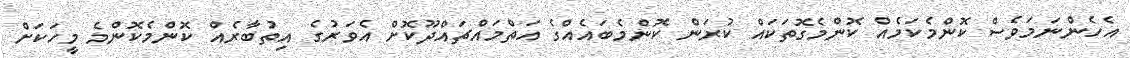
އެހެންނަމަވެސް ކޮންމެކަމެއް ކޮންމެގޮތަކައް ކުރަން ކޮންމެބައެއްގެ އަތްމައްޗައްދޫކޮށް އެވަރުގެ އިތުބާރެއް ކޮންމެކޮންމެ މީހަކަށް